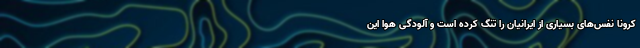
کرونا نفس‌های بسیاری از ایرانیان را تنگ کرده است و آلودگی هوا این